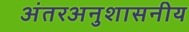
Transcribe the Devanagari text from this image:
अंतरअनुशासनीय